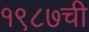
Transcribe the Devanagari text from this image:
१९८७ची